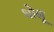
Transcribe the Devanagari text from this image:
धोलू